Vaccination Hyderabad 1872-1889 - 1872-1889
Year: 1872
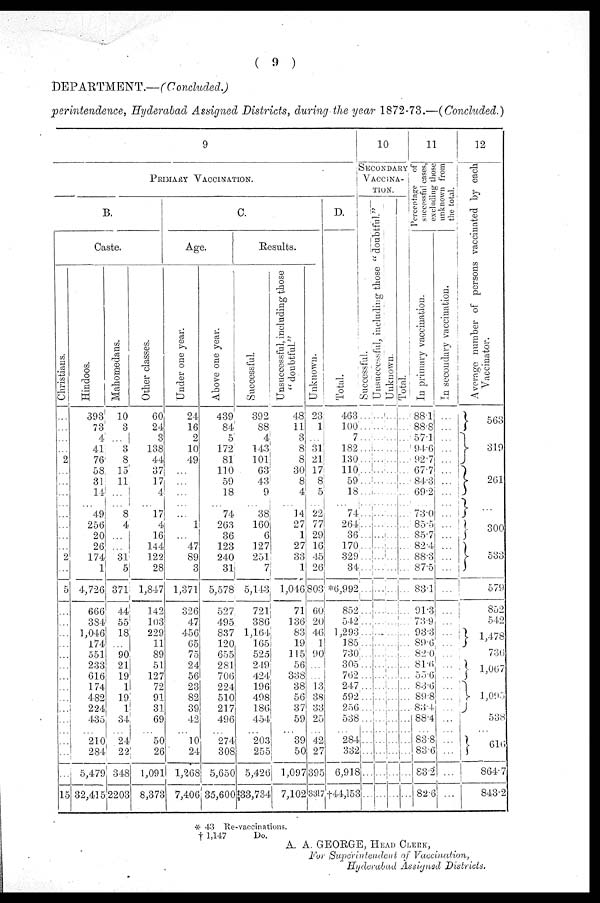
( 9 )
DEPARTMENT.—(Concluded.)
perintendence, Hyderabad Assigned Districts, during the year 1872-73.—(Concluded.)
9
PRIMARY VACCINATION.
B.
Caste.
Christians.
...
...
...
...
2
...
...
...
...
...
...
...
...
2
...
5
...
...
...
...
...
...
...
...
...
...
...
...
...
...
...
15
Hindoos.
393
73
4
41
76
58
31
14
...
49
256
20
26
174
1
4,726
666
384
1,046
174
551
233
616
174
482
224
435
...
210
284
5,479
32,415
Mahomedans.
10
3
...
3
8
15
11
...
...
8
4
...
...
31
5
371
44
55
18
...
90
21
19
1
19
1
34
...
24
22
348
2203
Other classes.
60
24
3
138
44
37
17
4
...
17
4
16
144
122
28
1,847
142
103
229
11
89
51
127
72
91
31
69
...
50
26
1,091
8,373
C.
Age.
Under one year.
24
16
2
10
49
...
...
...
...
...
1
...
47
89
3
1,371
326
47
456
65
75
24
56
23
82
39
42
...
10
24
1,268
7,406
Above one year.
439
84
5
172
81
110
59
18
...
74
263
36
123
240
31
5,578
527
495
837
120
655
281
706
224
510
217
496
...
274
308
5,650
35,600
Results.
Successful.
392
88
4
143
101
63
43
9
...
38
160
6
127
251
7
5,143
721
386
1,164
165
525
249
424
196
498
186
454
...
203
255
5,426
33,734
Unsuccessful, including those
" doubtful."
48
11
3
8
8
30
8
4
...
14
27
1
27
33
1
1,046
71
136
83
19
115
56
338
38
56
37
59
...
39
50
1,097
7,102
Unknown.
23
1
...
31
21
17
8
5
...
22
77
29
16
45
26
803
60
20
46
1
90
...
...
13
38
33
25
...
42
27
395
3317
D.
Total.
463
100
7
182
130
110
59
18
...
74
264
36
170
329
34
*6,992
852
542
1,293
185
730
305
762
247
592
256
538
...
284
332
6,918
†44,153
10
SECONDARY
VACCINA-
----.
Successful.
...
...
...
...
...
...
...
...
...
...
...
...
...
...
...
...
...
...
...
...
...
...
...
...
...
...
...
...
...
...
...
...
Unsuccessful, including those " doubtful."
...
...
...
...
...
...
...
...
...
...
...
...
...
...
...
...
...
...
...
...
...
...
...
...
...
...
...
...
...
...
...
...
Unknown.
...
...
...
...
...
...
...
...
...
...
...
...
...
...
...
...
...
...
...
...
...
...
...
...
...
...
...
...
...
...
...
...
Total.
...
...
...
...
...
...
...
...
...
...
...
...
...
...
...
...
...
...
...
...
...
...
...
...
...
...
...
...
...
...
...
...
11
Percentage of
successful cases,
excluding those
unknown from
the total.
In primary vaccination.
88.1
88.8
57.1
94.6
92.7
67.7
84.3
69.2
...
73.0
85.5
85.7
82.4
88.3
87.5
83.1
91.3
73.9
93.3
89.6
82.0
81.6
55.6
83.6
89.8
83.4
88.4
...
83.8
83.6
83.2
82.6
In secondary vaccination.
...
...
...
...
...
...
...
...
...
...
...
...
...
...
...
...
...
...
...
...
...
...
...
...
...
...
...
...
...
...
...
...
12
Average number of persons vaccinated by each
Vaccinator.
563
319
261
...
300
533
579
852
542
1,478
736
1,067
1,095
538
...
616
864.7
843.2
*
†
43 Re-vaccinations.
1,147
Do.
A. A. GEORGE, HEAD CLERK,
For Superintendent of Vaccination,
Hyderabad Assigned Districts.